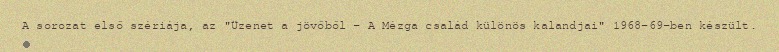
A sorozat első szériája, az "Üzenet a jövőből – A Mézga család különös kalandjai" 1968-69-ben készült.